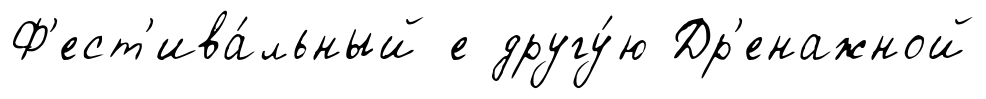
Ф'ест'ива́льный е другу́ю Др'енажной